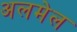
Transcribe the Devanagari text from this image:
अलमेल